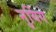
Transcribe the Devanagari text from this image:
नुयिंग